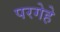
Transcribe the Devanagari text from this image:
परगेहे